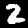
Digit: 2